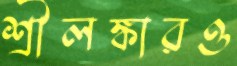
শ্রীলঙ্কারও